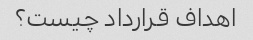
اهداف قرارداد چیست؟